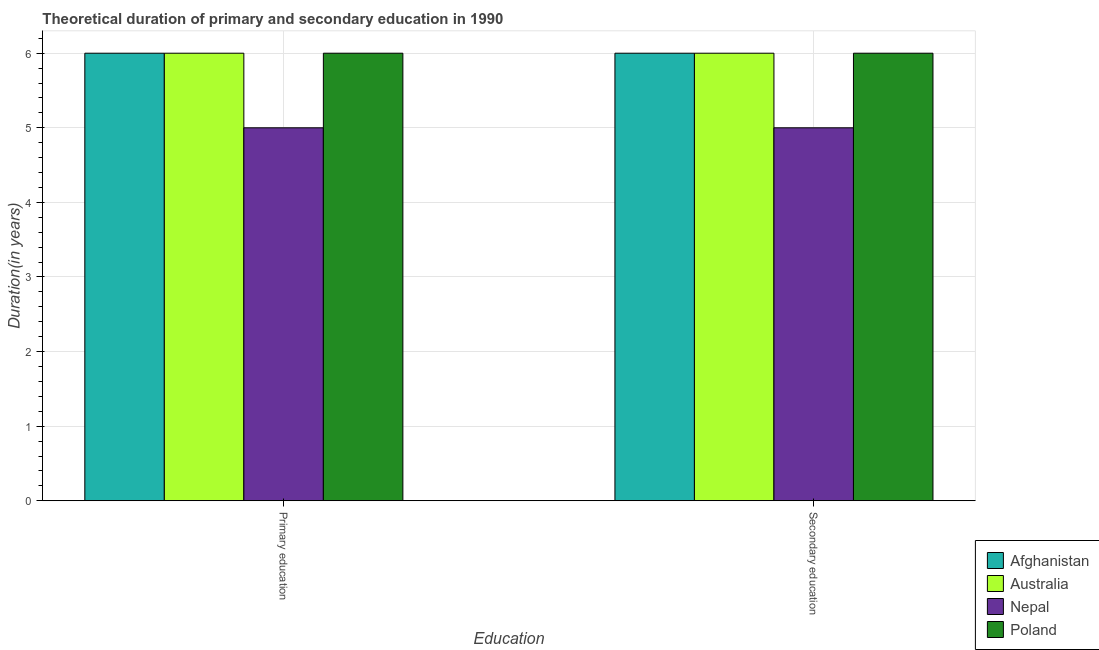
| Education | Afghanistan | Australia | Nepal | Poland |
 | --- | --- | --- | --- | --- |
 | Primary education | 6 | 6 | 5 | 6 |
 | Secondary education | 6 | 6 | 5 | 6 |